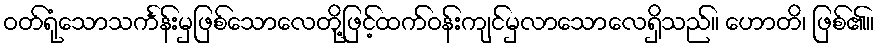
ဝတ်ရုံသောသင်္ကန်းမှဖြစ်သောလေတို့ဖြင့်ထက်ဝန်းကျင်မှလာသောလေရှိသည်။ ဟောတိ၊ ဖြစ်၏။